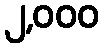
၂,၀၀၀